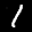
Label: 1